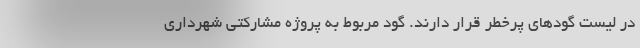
در لیست گودهای پرخطر قرار دارند. گود مربوط به پروژه مشارکتی شهرداری